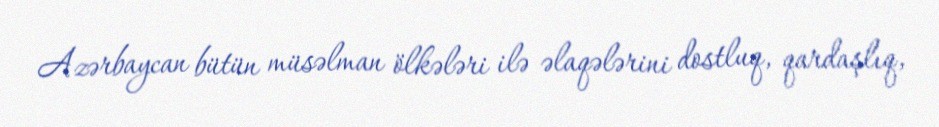
Azərbaycan bütün müsəlman ölkələri ilə əlaqələrini dostluq, qardaşlıq,